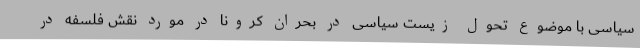
سیاسی با موضوع تحول زیست سیاسی در بحران کرونا در مورد نقش فلسفه در